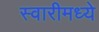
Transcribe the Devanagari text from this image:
स्वारीमध्ये